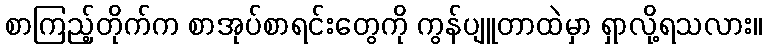
စာကြည့်တိုက်က စာအုပ်စာရင်းတွေကို ကွန်ပျူတာထဲမှာ ရှာလို့ရသလား။